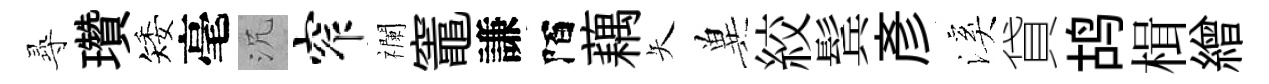
𡬶瓚矮毫沉窄襴竈謙陌藕矢兾絞鬂彥溪貸鸪楫繒